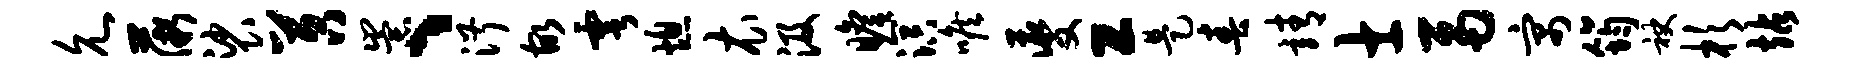
允薇裟苕崇、淑故雩熄衣汲瞻溟喉夔工是春靖士鬲寓筠袂杉站